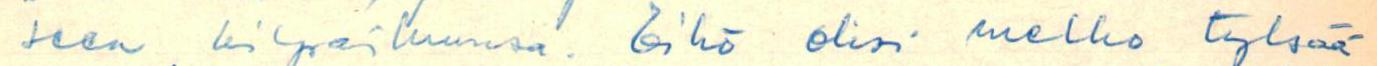
seen kilpailuunsa. Eikö olisi melko tylsää